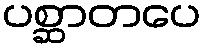
ပစ္ဆာတပေ